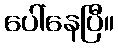
ပေါ်နေပြီ။